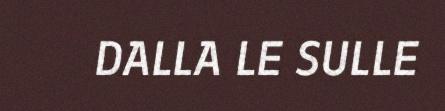
DALLA LE SULLE